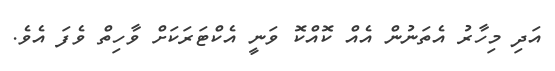
އަދި މިހާރު އެތަނުން އެއް ކޮއްކޮ ވަނީ އެކްޓަރަކަށް ވާހިތް ވެފަ އެވެ.